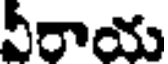
వీరాయ